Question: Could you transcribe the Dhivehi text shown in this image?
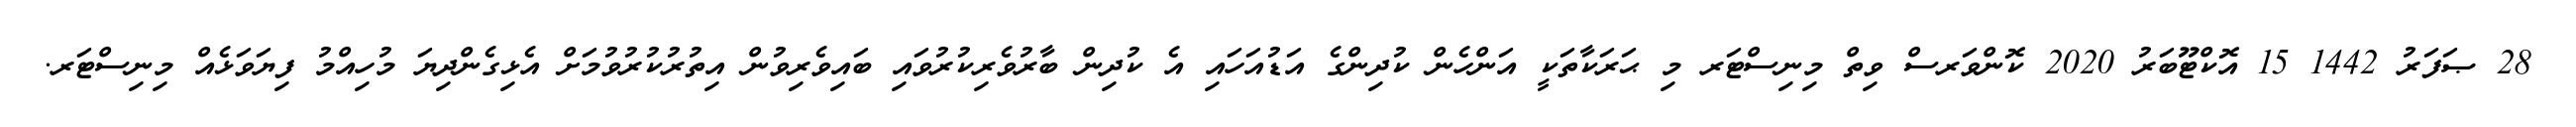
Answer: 28 ޞަފަރު 1442 15 އޮކްޓޫބަރު 2020 ކޮންވަރސް ވިތް މިނިސްޓަރ މި ޙަރަކާތަކީ އަންހެން ކުދިންގެ އަޑުއަހައި އެ ކުދިން ބާރުވެރިކުރުވައި ބައިވެރިވުން އިތުރުކުރުވުމަށް އެޅިގެންދިޔަ މުހިއްމު ފިޔަވަޅެއް މިނިސްޓަރ.